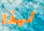
لهذا